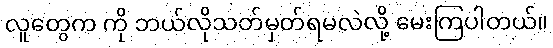
လူတွေက ကို ဘယ်လိုသတ်မှတ်ရမလဲလို့ မေးကြပါတယ်။